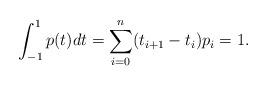
LaTeX: \begin{align*}\int_{-1}^{1} p(t) dt = \sum_{i=0}^{n} (t_{i+1}-t_{i})p_i = 1.\end{align*}